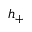
h _ { + }